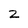
Character: z